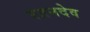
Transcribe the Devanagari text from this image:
रतनदेव